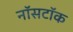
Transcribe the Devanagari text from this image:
नॉसटॉक